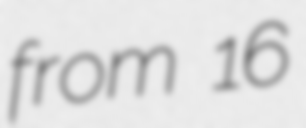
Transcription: from 16